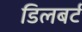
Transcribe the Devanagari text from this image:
डिलबर्ट